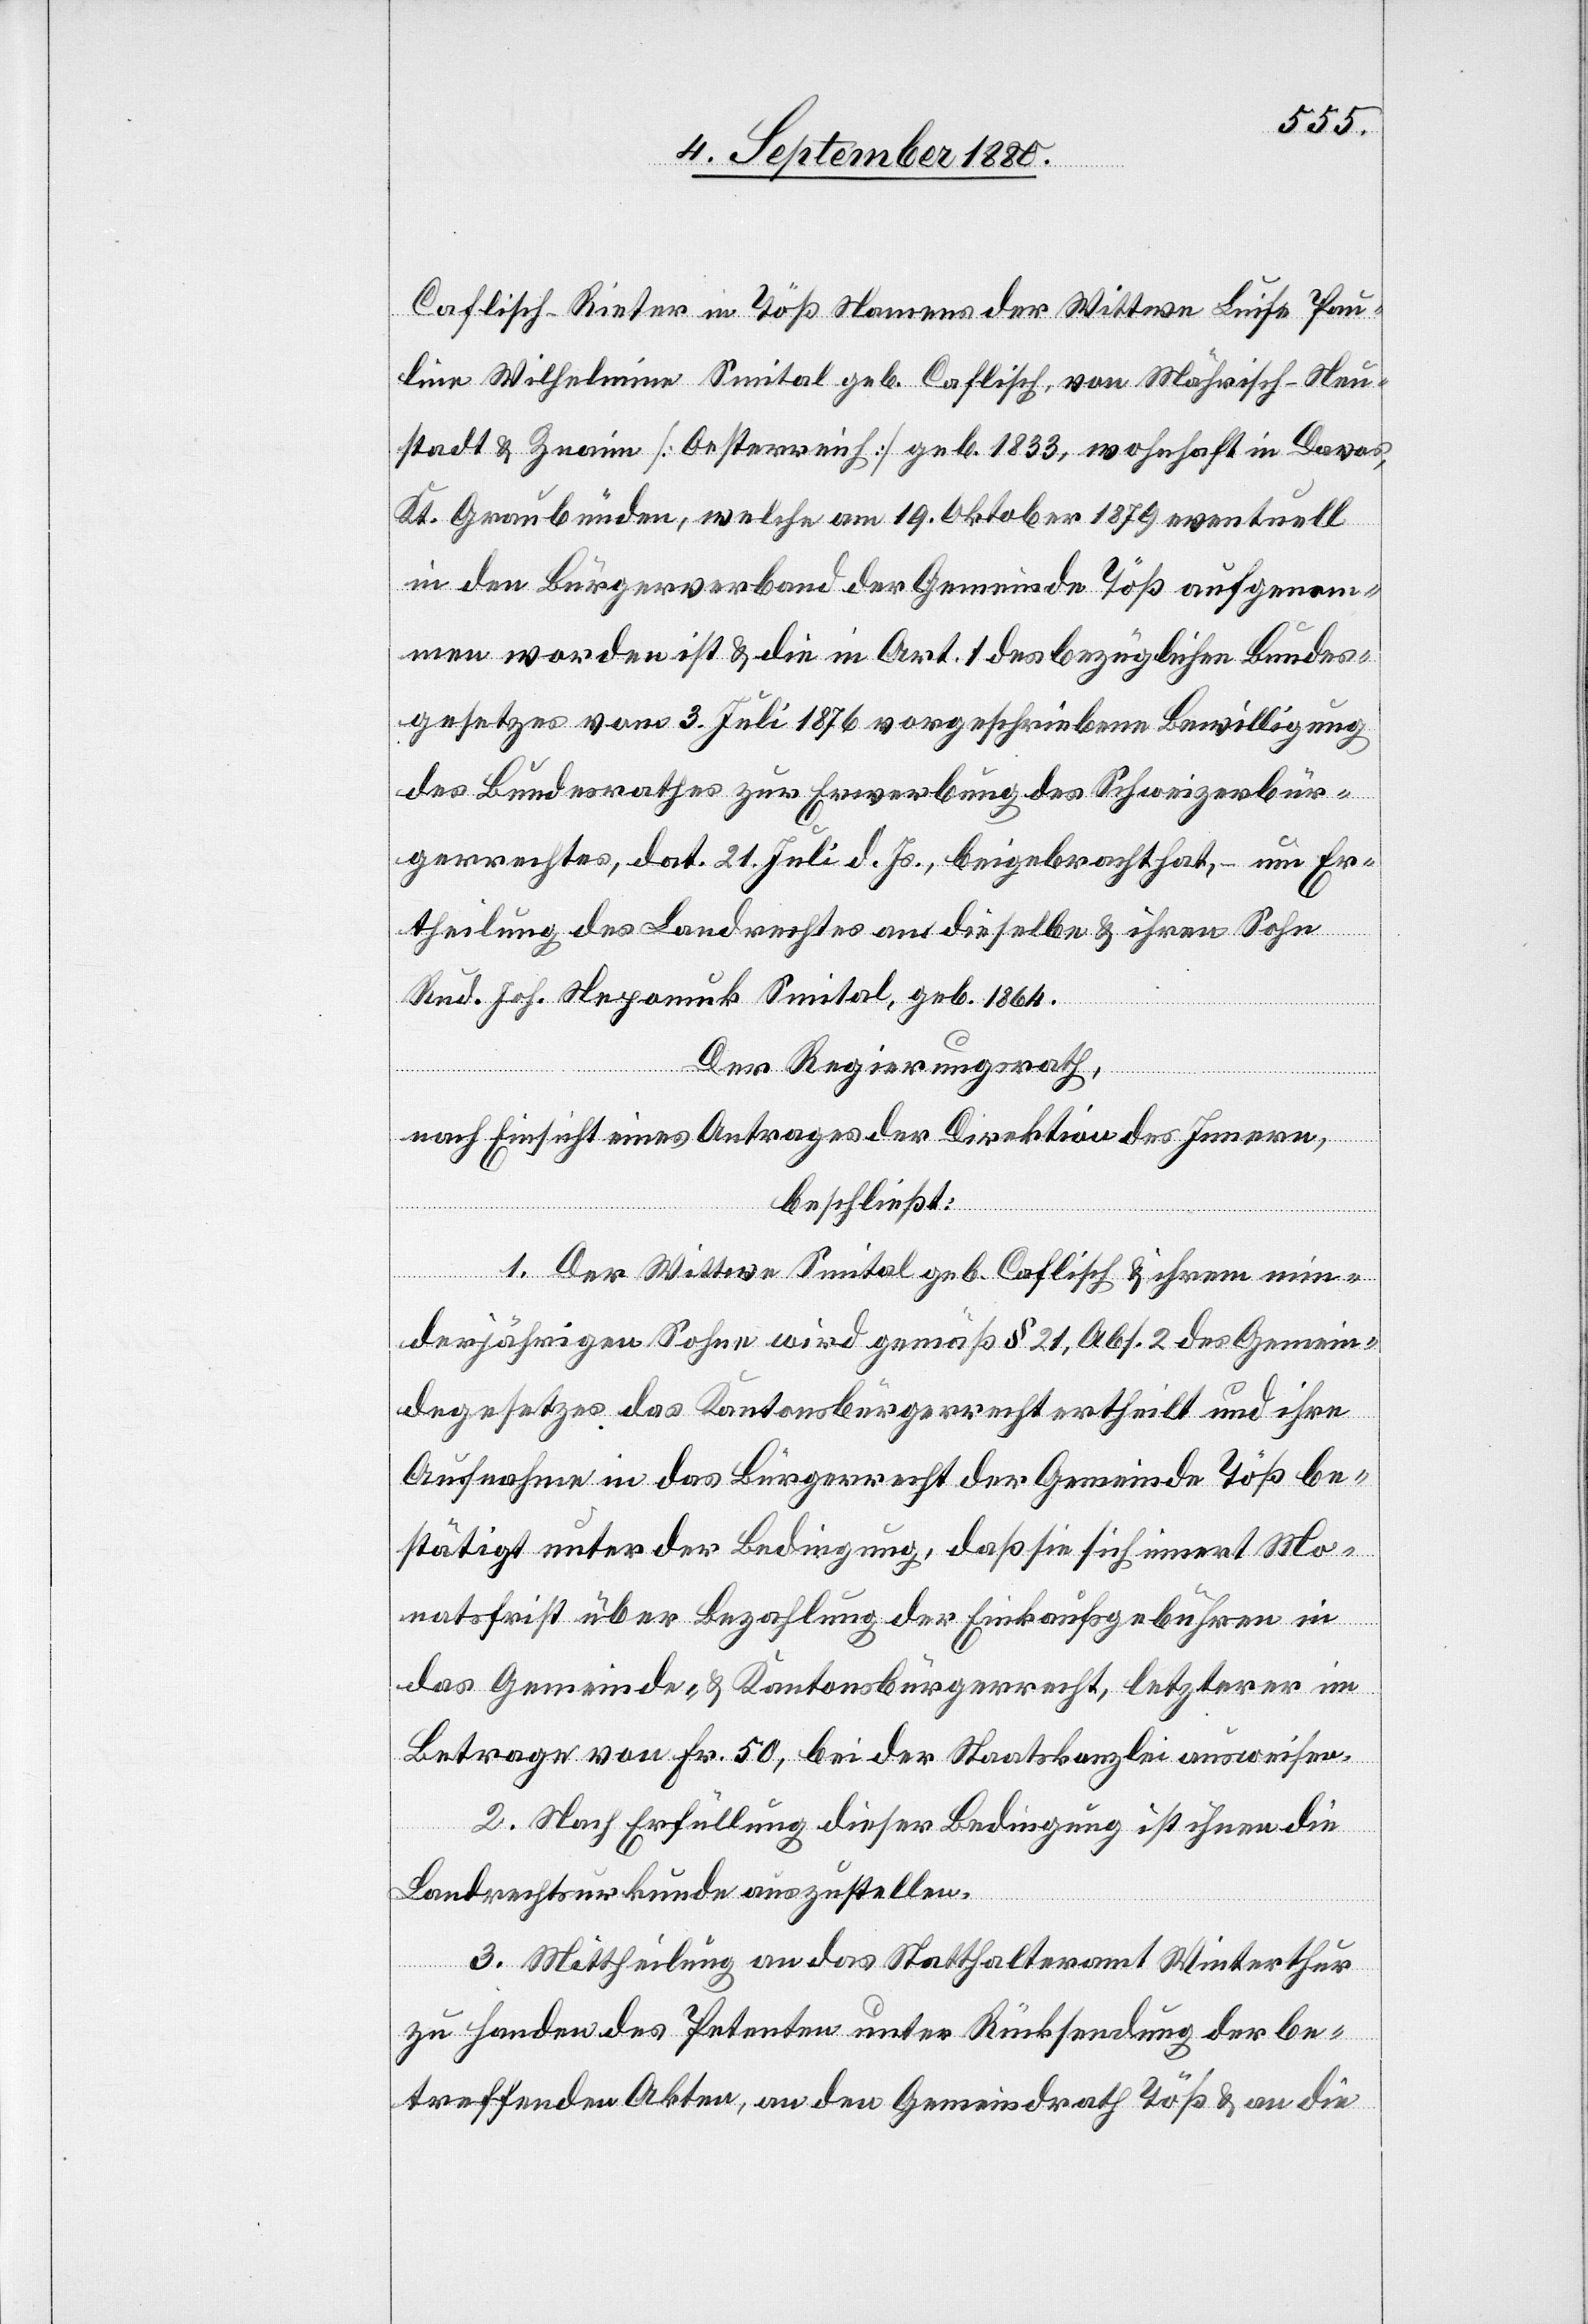
Caflisch-Rieter in Töß Namens der Wittwe Luise Pau¬
line Wilhelmine Smital geb. Caflisch, von Mährisch – Neu¬
stadt & Znaim [Oesterreich] geb. 1833, wohnhaft in Davos,
Kt. Graubünden, welche am 19. Oktober 1879 eventuell
in den Bürgerverband der Gemeinde Töß aufgenom¬
men worden ist & die in Art. 1 des bezüglichen Bundes¬
gesetzes vom 3. Juli 1876 vorgeschriebene Bewilligung
des Bundesrathes zur Erwerbung des Schweizerbür¬
gerrechtes, dat. 21. Juli d. Js., beigebracht hat, – um Er¬
theilung des Landrechtes an dieselben & ihren Sohn
Rud. Joh. Nepomuk Smital, geb. 1864.
Der Regierungsrath,
nach Einsicht eines Antrages der Direktion des Innern,
beschließt:
1. Der Wittwe Smital geb. Caflisch & ihrem min¬
derjährigen Sohn wird gemäß § 21, Abs. 2 des Gemein¬
degesetzes das Kantonsbürgerrecht ertheilt und ihre
Aufnahme in das Bürgerrecht der Gemeinde Töß be¬
stätigt unter der Bedingung, daß sie sich innert Mo¬
natsfrist über Bezahlung der Einkaufsgebühren in
das Gemeinde- & Kantonsbürgerrecht, letzterer im
Betrage von Fr. 50, bei der Staatskanzlei ausweisen.
2. Nach Erfüllung dieser Bedingung ist ihnen die
Landrechtsurkunde auszustellen.
3. Mittheilung an das Statthalteramt Winterthur
zu Handen des Petenten unter Rücksendung der be¬
treffenden Akten, an den Gemeindrath Töß & an die